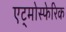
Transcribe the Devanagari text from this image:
एट्मोस्फेरिक